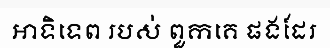
អាទិទេព របស់ ពួកគេ ផងដែរ